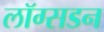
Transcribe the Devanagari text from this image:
लॉग्सडन